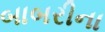
બાબરીના